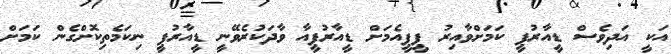
އަކީ އަދިވެސް ޑީއާރުޕީ ކަމަށްވާއިރު ޕީޕީއެމަށް ޑީއާރުޕީއާ ވާދަކުރެވޭނީ ޑީއާރުޕީ ނިކަމެތިކޮށްގެން ކަމަށް